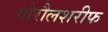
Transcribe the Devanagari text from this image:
गोरौलशरीफ